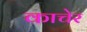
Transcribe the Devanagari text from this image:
काचेर